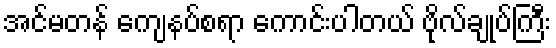
အင်မတန် ကျေနပ်စရာ ကောင်းပါတယ် ဗိုလ်ချုပ်ကြီး